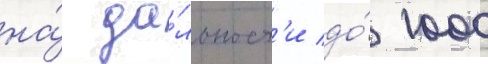
на́ да́льност'и до́ 1000